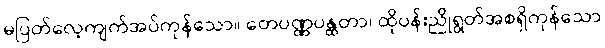
မပြတ်လေ့ကျက်အပ်ကုန်သော။ တေပဏ္ဏပန္ထတာ၊ ထိုပန်းညိုရွတ်အစရှိကုန်သော